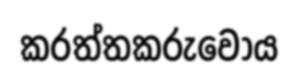
කරත්තකරුවෝය